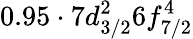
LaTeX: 0.95\cdot 7d_{3/2}^{2}6f_{7/2}^{4}